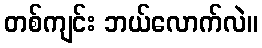
တစ်ကျင်း ဘယ်လောက်လဲ။